Annual report of the Punjab Veterinary College and of the Civil Veterinary Department, Punjab - 1909-1919
Year: 1909
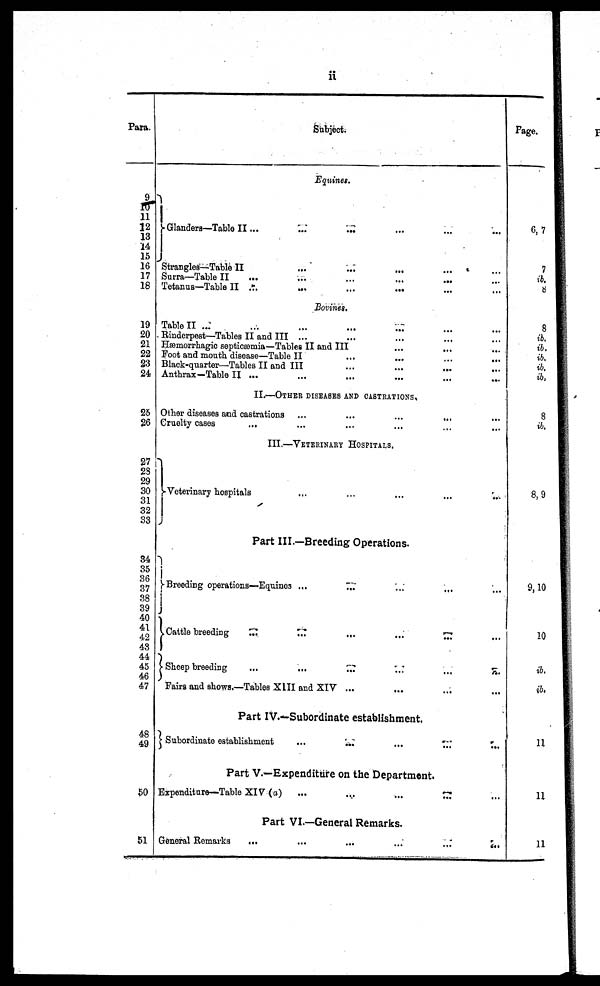
ii
Para.
9
10
11
12
13
14
15
16
17
18
19
20
21
22
23
24
25
26
27
28
29
30
31
32
33
34
35
36
37
38
39
40
41
42
43 44
45
46
47
48
49
50
51
Subject.
Equities.
Glanders—Table II ... ... ... ... ... ... ... ... ... ...
Strangles—Table II ... ... ... ... ... ...
Surra—Table II ... ... ... ... ... ...
Tetanus—Table II ... ... ... ... ... ...
Bovines .... ... ... ... ... ...
Table II ... ... ... ... ... ... ... ... ... ...
Rinderpest—Tables II and III ... ... ... ... ...
Hæmorrhagic septicæmia—Tables II and III ... ... ...
Foot and mouth disease—Table II ... ... ... ...
Black-quarter—Tables II and III
...
...
...
...
Anthrax—Table II ... ... ... ... ... ... ... ...
II.—OTHER DISEASES AND CASTRATIONS.
Other diseases and castrations
...
...
...
...
Cruelty cases
... ... ... ... ... ... ... ... ... ...
III.—VETERINARY HOSPITALS.
Veterinary hospitals
...
...
...
...
..
Part III.—Breeding Operations.
Breeding operations—Equines ...
...
...
...
Cattle breeding
...
...
......
Sheep breeding
...
...
...
...
...
...
Fairs and shows.—Tables XIII and XIV ... ... ... ... ...
Part IV.—Subordinate establishment.
Subordinate establishment
...
...
...
...
...
Part V.—Expenditure on the Department.
Expenditure—Table XIV (a)
...
...
...
...
Part VI.—General Remarks.
General Remarks
...
...
...
...
...
...
Page.
6, 7
7
ib.
8
8
ib.
ib.
ib.
ib.
ib,
8
ib.
8, 9
9, 10
10
ib.
ib.
11
11
11